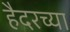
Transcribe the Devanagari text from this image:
हैदरच्या